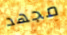
مجهد